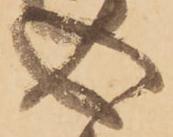
心